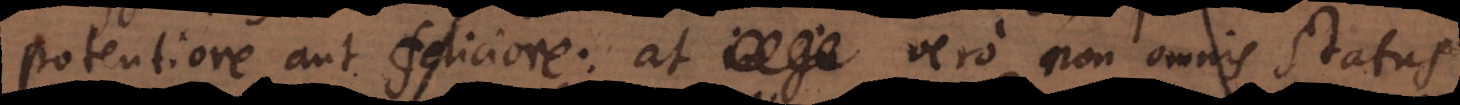
potentiore aut feliciore: at vero non omnis status